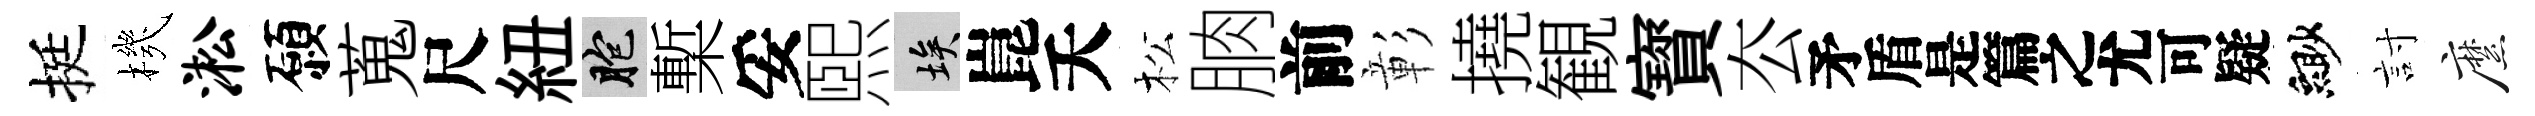
挺機淞願蒐尺紐胞槧妥煕埃崑夭松朒前彰撓観寳厺待緲討縻